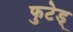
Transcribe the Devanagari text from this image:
फुटेड्